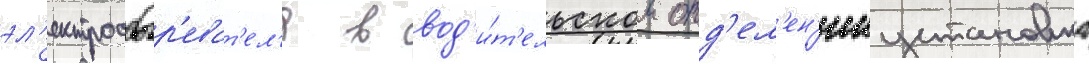
эл'ектрообогр'еват'ел'я в вод'и́т'ельском отд'ел'ен'ииустановка